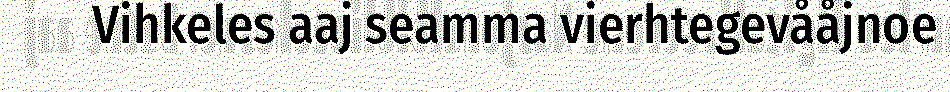
Vihkeles aaj seamma vierhtegevååjnoe